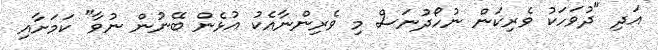
އަދި "ދުވަހަކު ވެރިކަން ނުހޯދުނަސް މި ވެރިންނާއެކު އުޅެން ބޭނުން ނުވާ" ކަމަށާއި